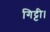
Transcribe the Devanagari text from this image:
गिट्टी।